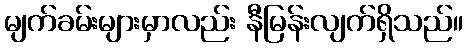
မျက်ခမ်းများမှာလည်း နီမြန်းလျက်ရှိသည်။